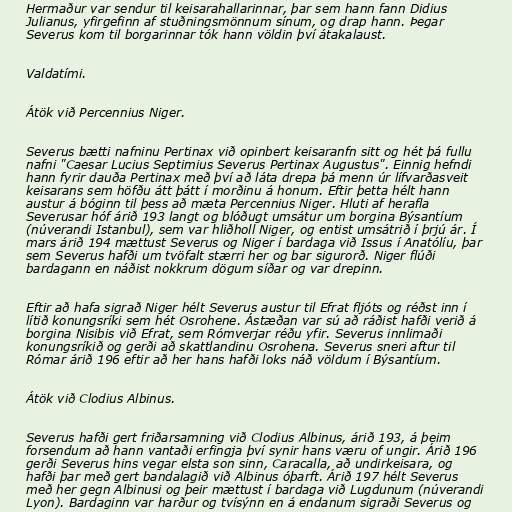
Hermaður var sendur til keisarahallarinnar, þar sem hann fann Didius
Julianus, yfirgefinn af stuðningsmönnum sínum, og drap hann. Þegar
Severus kom til borgarinnar tók hann völdin því átakalaust.

Valdatími.

Átök við Percennius Niger.

Severus bætti nafninu Pertinax við opinbert keisaranfn sitt og hét þá fullu
nafni "Caesar Lucius Septimius Severus Pertinax Augustus". Einnig hefndi
hann fyrir dauða Pertinax með því að láta drepa þá menn úr lífvarðasveit
keisarans sem höfðu átt þátt í morðinu á honum. Eftir þetta hélt hann
austur á bóginn til þess að mæta Percennius Niger. Hluti af herafla
Severusar hóf árið 193 langt og blóðugt umsátur um borgina Býsantíum
(núverandi Istanbul), sem var hliðholl Niger, og entist umsátrið í þrjú ár. Í
mars árið 194 mættust Severus og Niger í bardaga við Issus í Anatólíu, þar
sem Severus hafði um tvöfalt stærri her og bar sigurorð. Niger flúði
bardagann en náðist nokkrum dögum síðar og var drepinn.

Eftir að hafa sigrað Niger hélt Severus austur til Efrat fljóts og réðst inn í
lítið konungsríki sem hét Osrohene. Ástæðan var sú að ráðist hafði verið á
borgina Nisibis við Efrat, sem Rómverjar réðu yfir. Severus innlimaði
konungsríkið og gerði að skattlandinu Osrohena. Severus sneri aftur til
Rómar árið 196 eftir að her hans hafði loks náð völdum í Býsantíum.

Átök við Clodius Albinus.

Severus hafði gert friðarsamning við Clodius Albinus, árið 193, á þeim
forsendum að hann vantaði erfingja því synir hans væru of ungir. Árið 196
gerði Severus hins vegar elsta son sinn, Caracalla, að undirkeisara, og
hafði þar með gert bandalagið við Albinus óþarft. Árið 197 hélt Severus
með her gegn Albinusi og þeir mættust í bardaga við Lugdunum (núverandi
Lyon). Bardaginn var harður og tvísýnn en á endanum sigraði Severus og